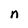
Character: n